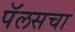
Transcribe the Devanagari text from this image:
पॅलसचा